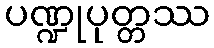
ပဏ္ဍုပုတ္တဿ